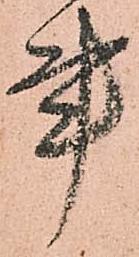
事